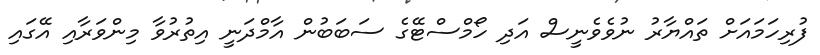
ފުރިހަމައަށް ތައްޔާރު ނުވެވެނީސް އަދި ހޯމްސްޓޭގެ ސަބަބުން އާމްދަނީ އިތުރުވާ މިންވަރާއި އޭގައި